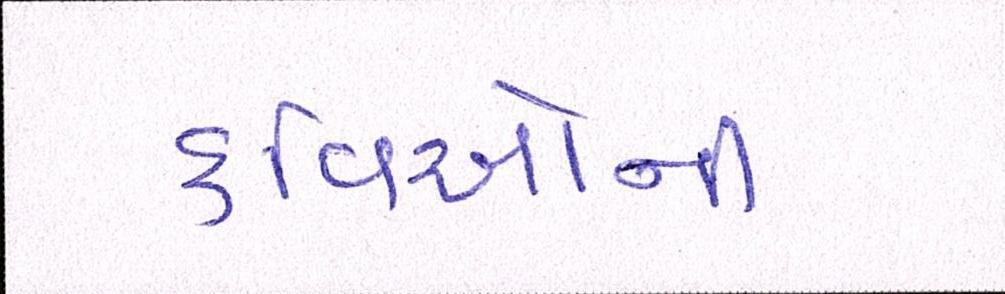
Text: કવિઓની